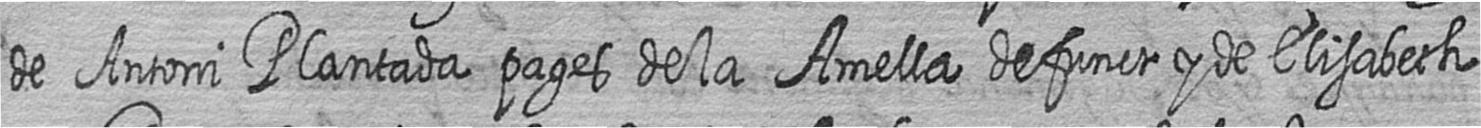
de Antoni Plantada pages de la Amella defunct y de Elisabeth